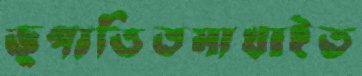
ভূপাতিতমাখাইত